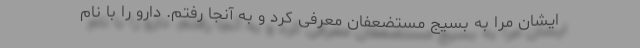
ایشان مرا به بسیج مستضعفان معرفی کرد و به آنجا رفتم. دارو را با نام